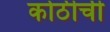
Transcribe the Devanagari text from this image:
कोठीची